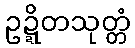
ဥဍ္ဍိတသုတ္တံ